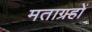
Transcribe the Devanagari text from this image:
मताग्रहों